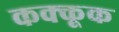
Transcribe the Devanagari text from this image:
कक्कूक